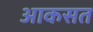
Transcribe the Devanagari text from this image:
आकसत